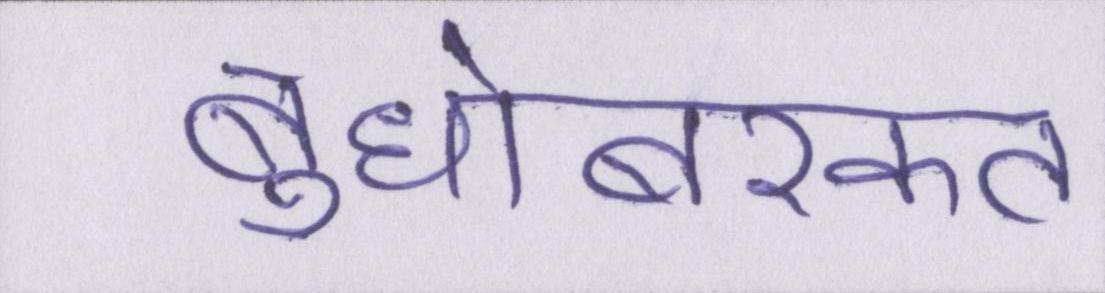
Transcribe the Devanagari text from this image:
बुधोबरकत